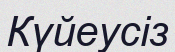
Күйеусіз